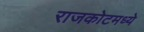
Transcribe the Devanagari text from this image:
राजकोटमध्ये